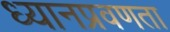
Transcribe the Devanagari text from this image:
ध्यानप्रवणता